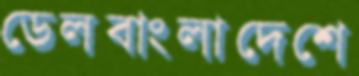
ডেলবাংলাদেশে